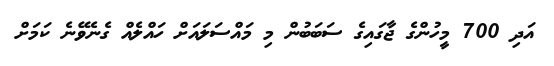
އަދި 700 މީހުންގެ ޖާގައިގެ ސަބަބުން މި މައްސަލައަށް ހައްލެއް ގެނެވޭނެ ކަމަށް